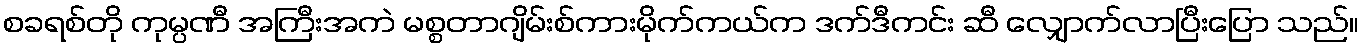
စခရစ်တို ကုမ္ပဏီ အကြီးအကဲ မစ္စတာဂျိမ်းစ်ကားမိုက်ကယ်က ဒက်ဒီကင်း ဆီ လျှောက်လာပြီးပြော သည်။